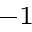
^ { - 1 }